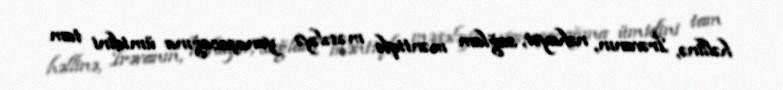
həllinə, İrəvanın, nəhayət, sağlam məntiqlə məsələyə yanaşacağına ümidini tam